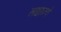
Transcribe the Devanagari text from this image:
लव्वाज़्ये